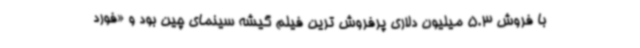
با فروش 5.3 میلیون دلاری پرفروش ترین فیلم گیشه سینمای چین بود و «فورد